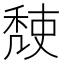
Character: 𥟹